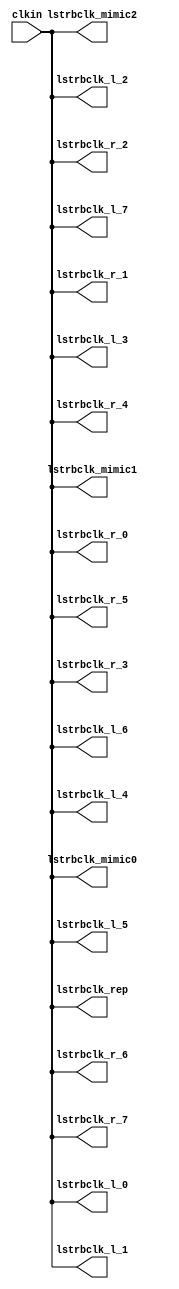
// This program was cloned from: https://github.com/chipsalliance/aib-phy-hardware
// License: Apache License 2.0

// SPDX-License-Identifier: Apache-2.0
// Copyright (C) 2019 Intel Corporation. 
//------------------------------------------------------------------------
//
// Revision:    $Revision: #6 $
//------------------------------------------------------------------------
// Description: skew-matched clock distribution network
//------------------------------------------------------------------------

module aibnd_clktree_avmm 
#(
parameter SKEW_DELAY     = 60   //min:20ps; typ :60ps; max:100ps
)
(
   input  wire         clkin,                   //clock source
   output wire 	       lstrbclk_l_0, 	        //buffered clock
   output wire         lstrbclk_l_1,            //buffered clock
   output wire         lstrbclk_l_2,            //buffered clock
   output wire         lstrbclk_l_3,            //buffered clock
   output wire         lstrbclk_l_4,            //buffered clock
   output wire         lstrbclk_l_5,            //buffered clock
   output wire         lstrbclk_l_6,            //buffered clock
   output wire         lstrbclk_l_7,            //buffered clock
   output wire         lstrbclk_r_0,            //buffered clock
   output wire         lstrbclk_r_1,            //buffered clock
   output wire         lstrbclk_r_2,            //buffered clock
   output wire         lstrbclk_r_3,            //buffered clock
   output wire         lstrbclk_r_4,            //buffered clock
   output wire         lstrbclk_r_5,            //buffered clock
   output wire         lstrbclk_r_6,            //buffered clock
   output wire         lstrbclk_r_7,            //buffered clock
   output wire         lstrbclk_rep, 	        //replica for DLL
   output wire         lstrbclk_mimic0,         //mimic path for load matching
   output wire         lstrbclk_mimic1,         //mimic path for load matching   
   output wire         lstrbclk_mimic2          //mimic path for load matching
);

`ifdef TIMESCALE_EN
  timeunit 1ps;
  timeprecision 1ps;
`endif
  
                assign #SKEW_DELAY lstrbclk_l_0 = clkin;
                assign #SKEW_DELAY lstrbclk_l_1 = clkin;
                assign #SKEW_DELAY lstrbclk_l_2 = clkin;
                assign #SKEW_DELAY lstrbclk_l_3 = clkin;
                assign #SKEW_DELAY lstrbclk_l_4 = clkin;
                assign #SKEW_DELAY lstrbclk_l_5 = clkin;
                assign #SKEW_DELAY lstrbclk_l_6 = clkin;
                assign #SKEW_DELAY lstrbclk_l_7 = clkin;
                assign #SKEW_DELAY lstrbclk_r_0 = clkin;
                assign #SKEW_DELAY lstrbclk_r_1 = clkin;
                assign #SKEW_DELAY lstrbclk_r_2 = clkin;
                assign #SKEW_DELAY lstrbclk_r_3 = clkin;
                assign #SKEW_DELAY lstrbclk_r_4 = clkin;
                assign #SKEW_DELAY lstrbclk_r_5 = clkin;
                assign #SKEW_DELAY lstrbclk_r_6 = clkin;
                assign #SKEW_DELAY lstrbclk_r_7 = clkin;
                assign #SKEW_DELAY lstrbclk_rep = clkin;
                assign #SKEW_DELAY lstrbclk_mimic0 = clkin;
                assign #SKEW_DELAY lstrbclk_mimic1 = clkin;
                assign #SKEW_DELAY lstrbclk_mimic2 = clkin;

endmodule // aibnd_clktree_avmm